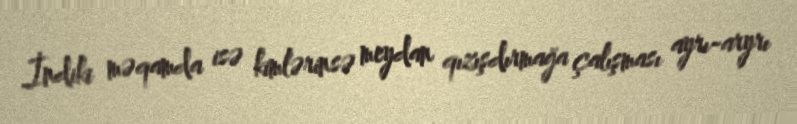
İndiki məqamda isə kimlərinsə meydan qızışdırmağa çalışması ayrı-aryrı